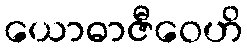
ယောဓာဇီဝေဟိ